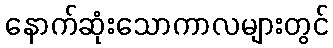
နောက်ဆုံးသောကာလများတွင်